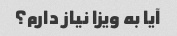
آیا به ویزا نیاز دارم؟